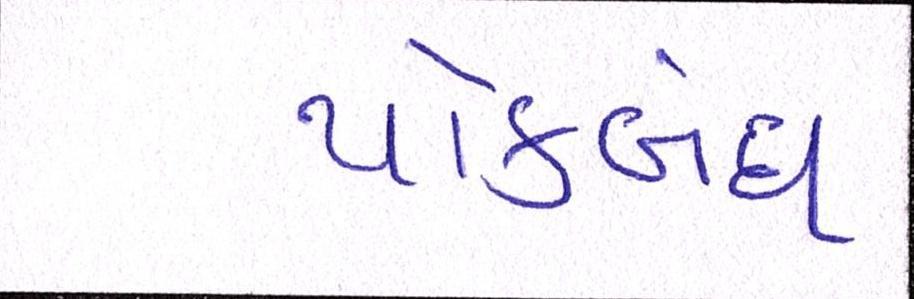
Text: થોકબંધ